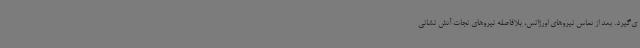
ی‌گیرد. بعد از تماس نیروهای اورژانس، بلافاصله نیروهای نجات آتش نشانی